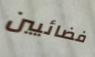
فضائيين